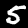
Digit: 5